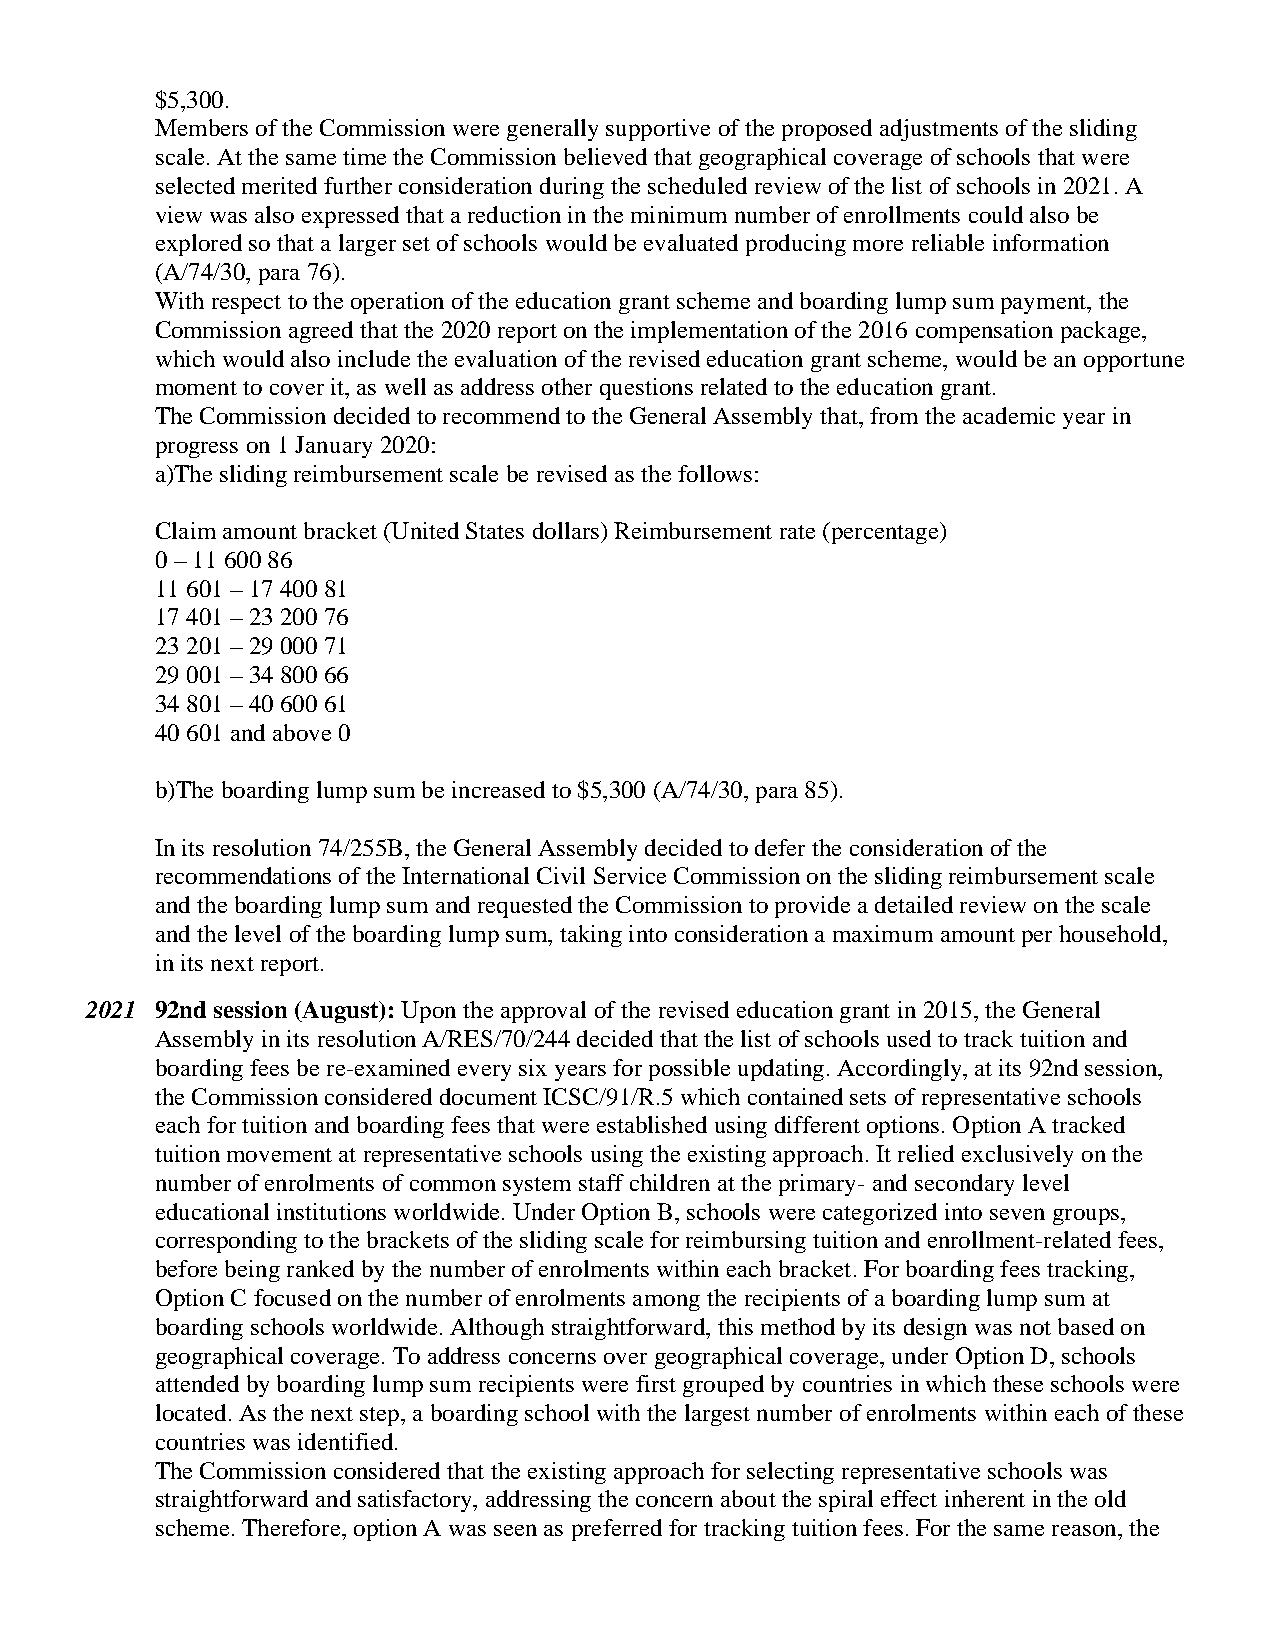
$5,300.
 Members of the Commission were generally supportive of the proposed adjustments of the sliding
 scale. At the same time the Commission believed that geographical coverage of schools that were
 selected merited further consideration during the scheduled review of the list of schools in 2021. A
 view was also expressed that a reduction in the minimum number of enrollments could also be
 explored so that a larger set of schools would be evaluated producing more reliable information
 (A/74/30, para 76).
 With respect to the operation of the education grant scheme and boarding lump sum payment, the
 Commission agreed that the 2020 report on the implementation of the 2016 compensation package,
 which would also include the evaluation of the revised education grant scheme, would be an opportune
 moment to cover it, as well as address other questions related to the education grant.
 The Commission decided to recommend to the General Assembly that, from the academic year in
 progress on 1 January 2020:
 a)The sliding reimbursement scale be revised as the follows:
 Claim amount bracket (United States dollars) Reimbursement rate (percentage)
 0 – 11 600 86
 11 601 – 17 400 81
 17 401 – 23 200 76
 23 201 – 29 000 71
 29 001 – 34 800 66
 34 801 – 40 600 61
 40 601 and above 0
 b)The boarding lump sum be increased to $5,300 (A/74/30, para 85).
 In its resolution 74/255B, the General Assembly decided to defer the consideration of the
 recommendations of the International Civil Service Commission on the sliding reimbursement scale
 and the boarding lump sum and requested the Commission to provide a detailed review on the scale
 and the level of the boarding lump sum, taking into consideration a maximum amount per household,
 i n its next report.
 2021 92nd session (August): Upon the approval of the revised education grant in 2015, the General
 Assembly in its resolution A/RES/70/244 decided that the list of schools used to track tuition and
 boarding fees be re-examined every six years for possible updating. Accordingly, at its 92nd session,
 the Commission considered document ICSC/91/R.5 which contained sets of representative schools
 each for tuition and boarding fees that were established using different options. Option A tracked
 tuition movement at representative schools using the existing approach. It relied exclusively on the
 number of enrolments of common system staff children at the primary- and secondary level
 educational institutions worldwide. Under Option B, schools were categorized into seven groups,
 corresponding to the brackets of the sliding scale for reimbursing tuition and enrollment-related fees,
 before being ranked by the number of enrolments within each bracket. For boarding fees tracking,
 Option C focused on the number of enrolments among the recipients of a boarding lump sum at
 boarding schools worldwide. Although straightforward, this method by its design was not based on
 geographical coverage. To address concerns over geographical coverage, under Option D, schools
 attended by boarding lump sum recipients were first grouped by countries in which these schools were
 located. As the next step, a boarding school with the largest number of enrolments within each of these
 countries was identified.
 The Commission considered that the existing approach for selecting representative schools was
 straightforward and satisfactory, addressing the concern about the spiral effect inherent in the old
 scheme. Therefore, option A was seen as preferred for tracking tuition fees. For the same reason, the